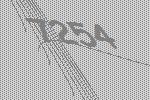
7254